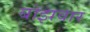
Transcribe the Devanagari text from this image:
बोझवार